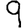
Digit: 9